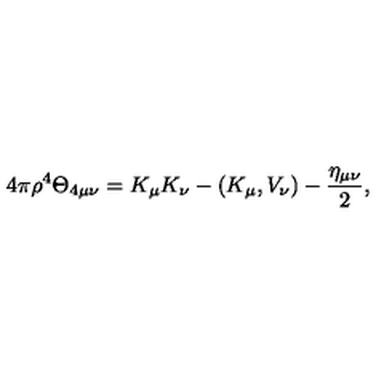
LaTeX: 4 \pi \rho ^ { 4 } \Theta _ { 4 \mu \nu } = K _ { \mu } K _ { \nu } - ( K _ { \mu } , V _ { \nu } ) - \frac { \eta _ { \mu \nu } } { 2 } ,